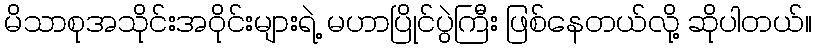
မိသာစုအသိုင်းအဝိုင်းများရဲ့ မဟာပြိုင်ပွဲကြီး ဖြစ်နေတယ်လို့ ဆိုပါတယ်။